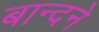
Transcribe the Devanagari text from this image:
बान्दने